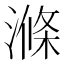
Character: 滌